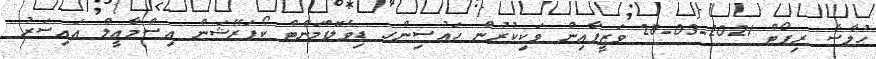
ޙުލާސާ ރިޕޯޓް 2021-03-28 ވަޒީފާއިން ވަކިކުރުން ހައުސިންގ ޑިވެލޮޕްމަންޓް ކޯޕަރޭޝަން އިސްމާޢީލް އައިސަރު